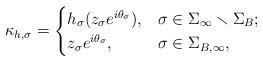
LaTeX: \begin{align*}\kappa_{h,\sigma} = \begin{cases} h_\sigma(z_\sigma e^{i \theta_\sigma}), & \sigma \in \Sigma_\infty \smallsetminus \Sigma_B; \\z_\sigma e^{i \theta_\sigma}, & \sigma \in \Sigma_{B,\infty},\end{cases}\end{align*}